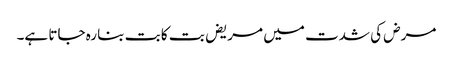
مرض کی شدت میں مریض بت کا بت بنا رہ جاتا ہے۔